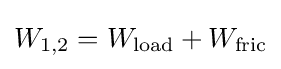
W_{\text{1,2}}=W_{\text{load}}+W_{\text{fric}}